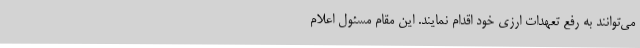
می‌توانند به رفع تعهدات ارزی خود اقدام نمایند. این مقام مسئول اعلام